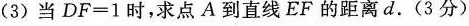
(3)当$$D F = 1$$时，求点A到直线EF的距离d.(3分)